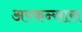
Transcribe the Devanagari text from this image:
अरकन्‍सास